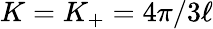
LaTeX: K=K_{+}={4\pi}/{3\ell}